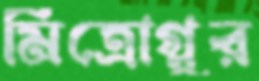
মিত্রোগ্লুর